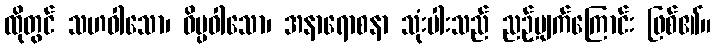
ထိုတွင် သဟဝါသော၊ ဝိပ္ပဝါသော၊ အနာရောစနာ သုံးပါးသည် ညဉ့်ပျက်ကြောင်း ဖြစ်၏။